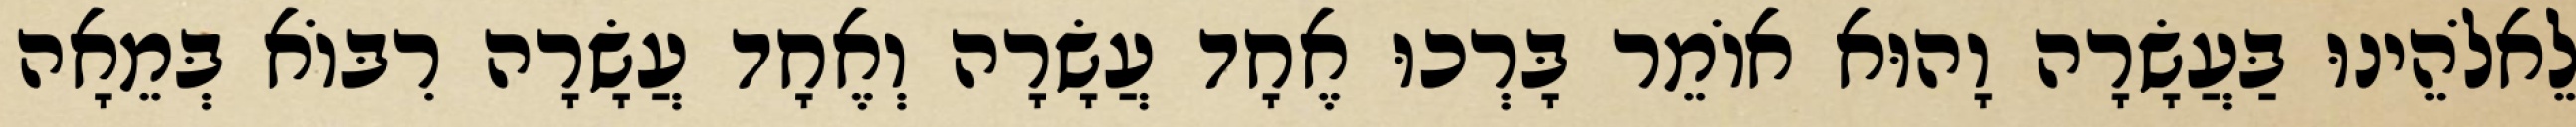
לֵאלֹהֵינוּ בַּעֲשָׂרָה וָהוּא אוֹמֵר בָּרְכוּ אֶחָד עֲשָׂרָה וְאֶחָד עֲשָׂרָה רִבּוֹא בְּמֵאָה